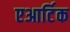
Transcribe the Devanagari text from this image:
एआर्टिक